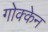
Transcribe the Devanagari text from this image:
गोक्केन